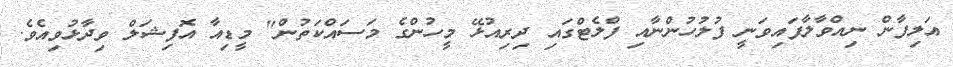
އަލިފާން ނިއްވާލާފައިވަނީ ފުލުހުންނާއި ފްލެޓްގައި ދިރިއުޅޭ މީހުންގެ މަސައްކަތުން" މީޑިއާ އޮފިޝަލް ވިދާޅުވިއެވެ.